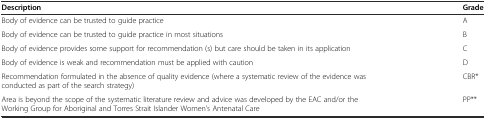
| Description | Grade |
 | --- | --- |
 | Body of evidence can be trusted to guide practice | A |
 | Body of evidence can be trusted to guide practice in most situations | B |
 | Body of evidence provides some support for recommendation (s) but care should be taken in its application | C |
 | Body of evidence is weak and recommendation must be applied with caution | D |
 | Recommendation formulated in the absence of quality evidence (where a systematic review of the evidence was conducted as part of the search strategy) | CBR* |
 | Area is beyond the scope of the systematic literature review and advice was developed by the EAC and/or the Working Group for Aboriginal and Torres Strait Islander Women’s Antenatal Care | PP** |